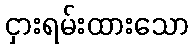
ငှားရမ်းထားသော